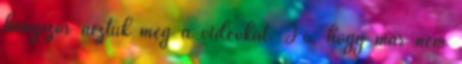
hányszor néztük meg a videókat. Jó, hogy már nem